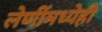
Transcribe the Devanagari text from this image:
लेणींमध्येही